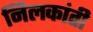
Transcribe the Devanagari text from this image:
निलकांती